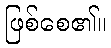
ဖြစ်စေ၏။